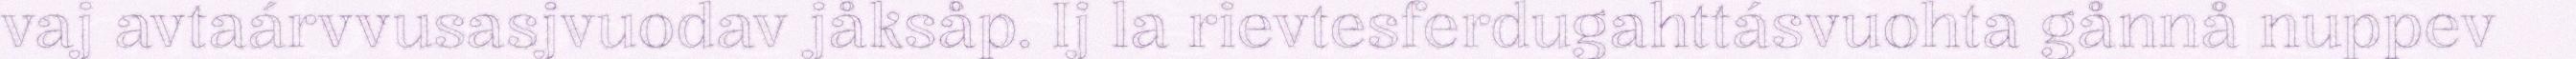
vaj avtaárvvusasjvuodav jåksåp. Ij la rievtesferdugahttásvuohta gånnå nuppev